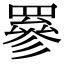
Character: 𦌀